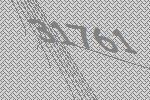
31761